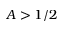
A > 1 / 2